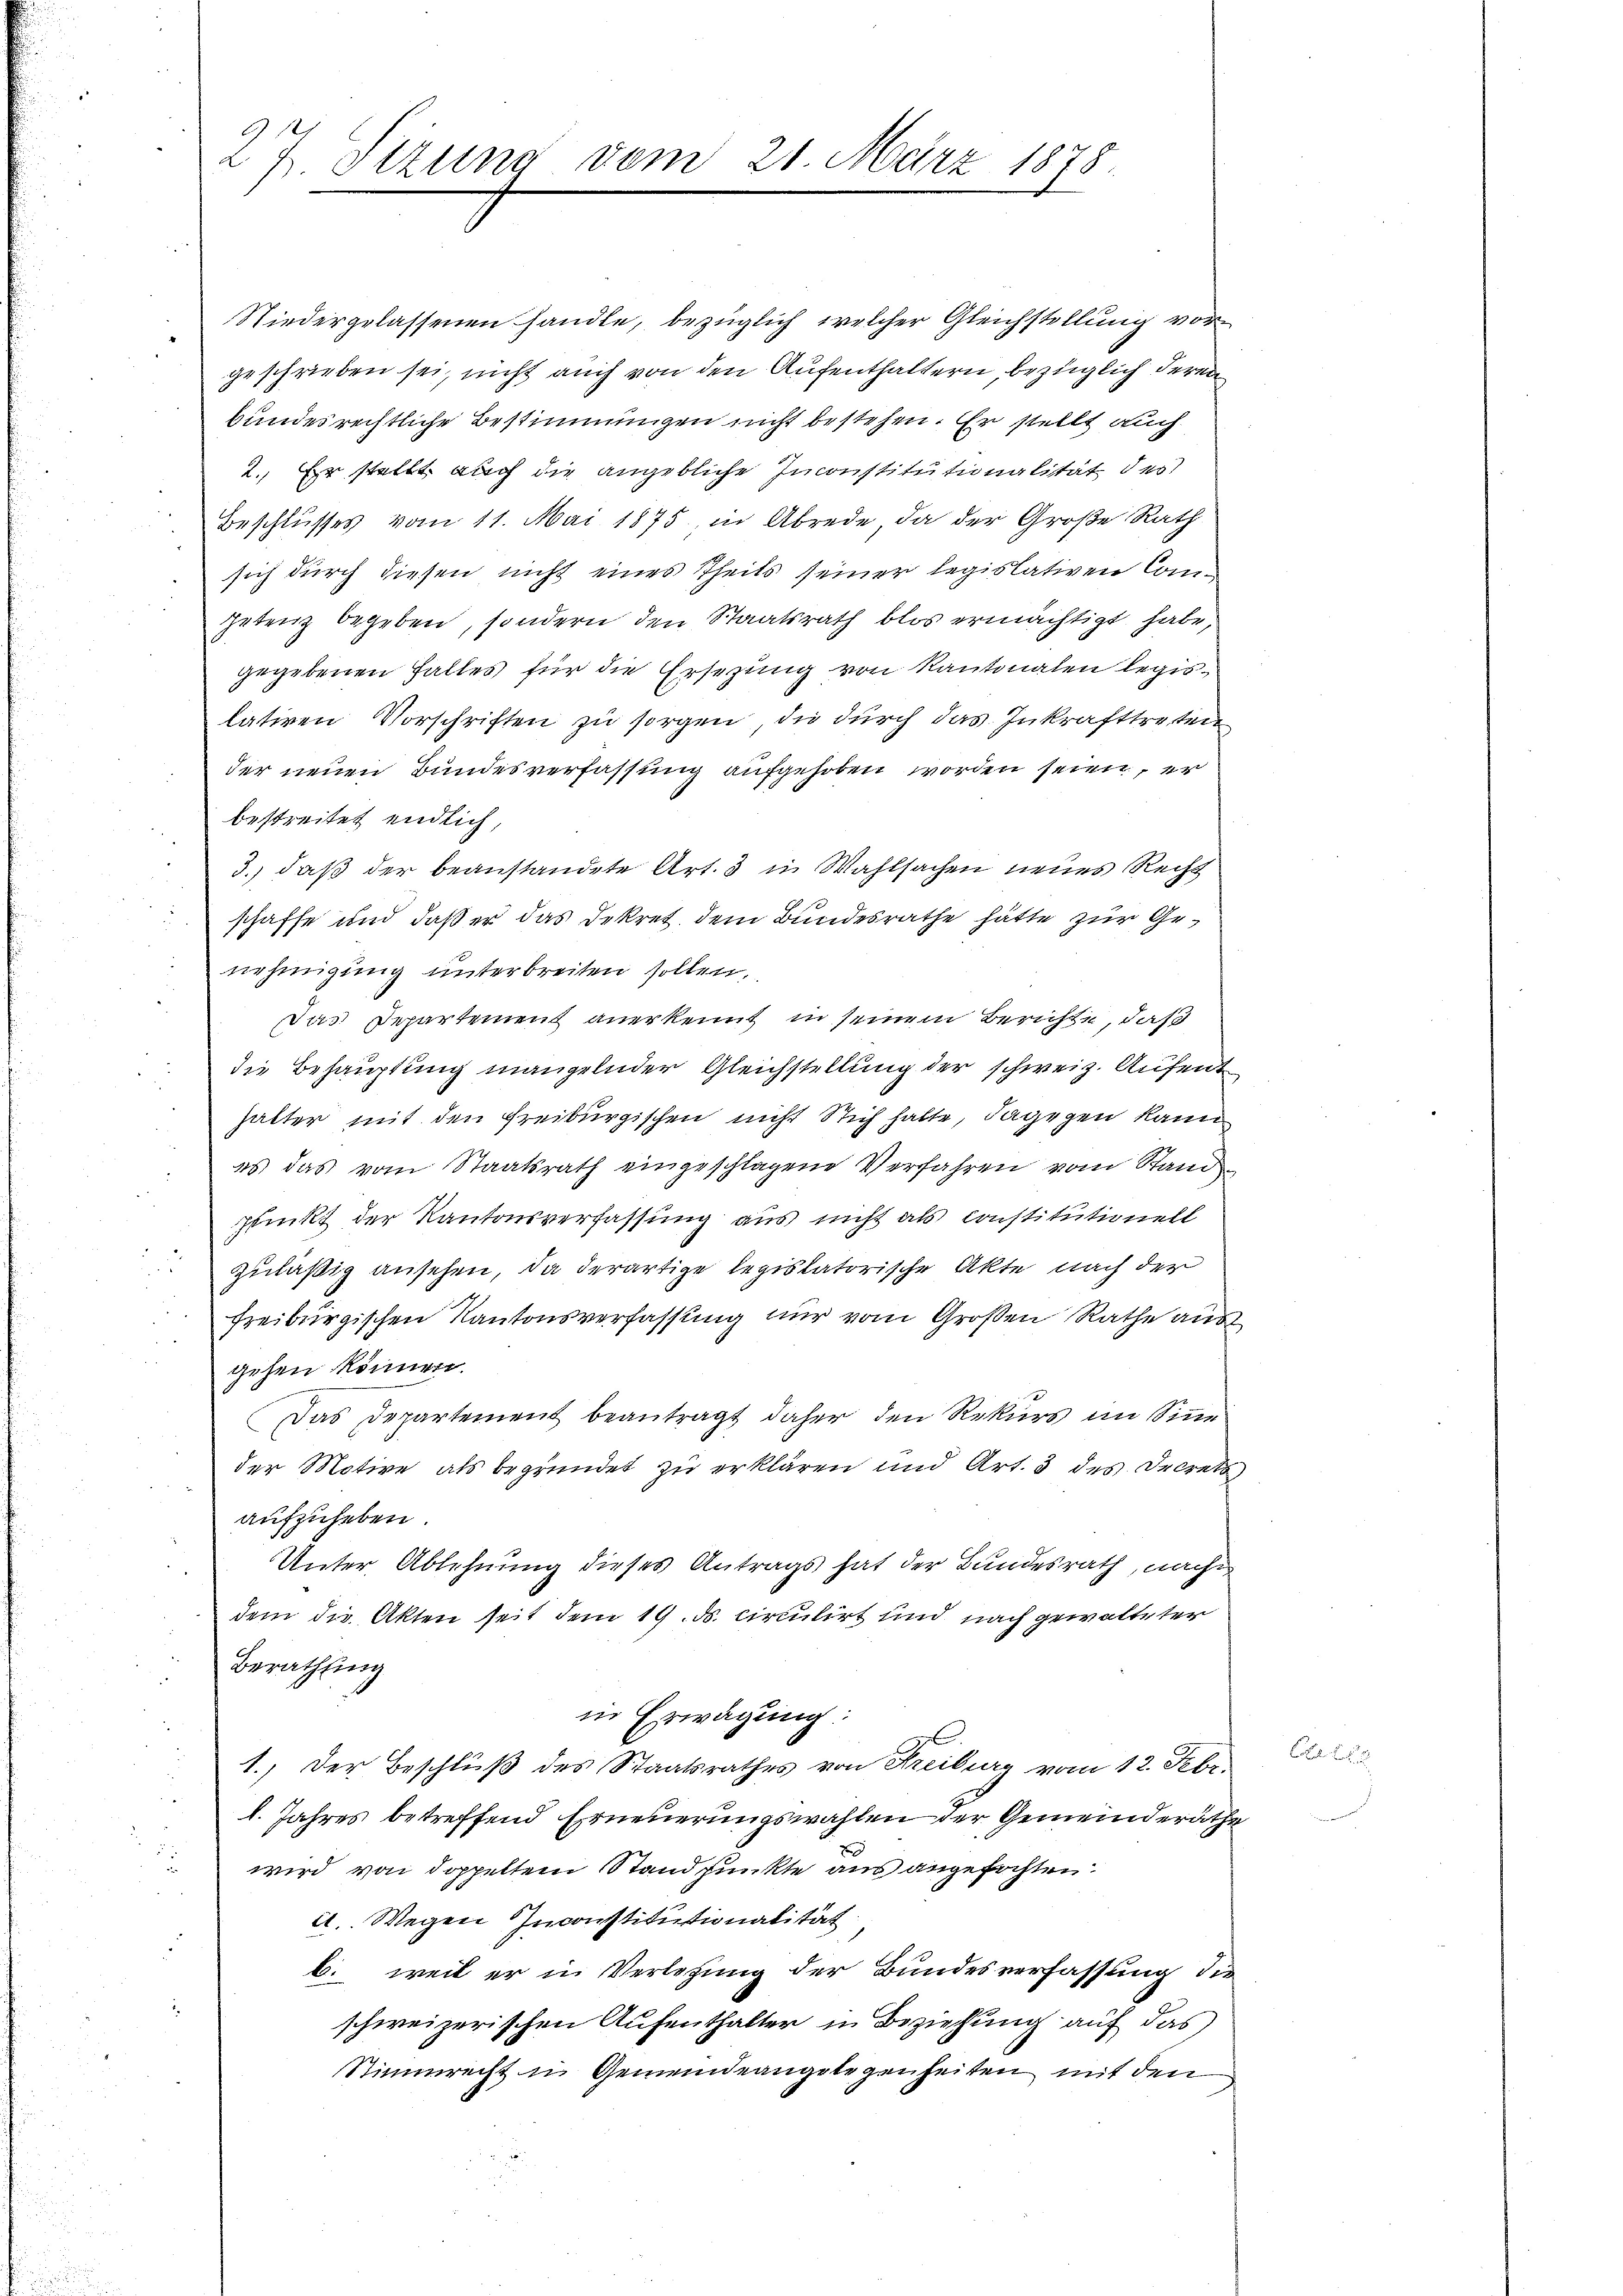
27. Sizung vom 21. März 1878.

Niedergelassenen handle, bezüglich welcher Gleichstellung vorgeschrieben sei, nicht auch von den Aufenthaltern, bezüglich deren
bundesrechtliche Bestimmungen nicht bestehen. Er stellt auch
2. Er stellt, auch die angebliche Inconstitutionalität des
Beschlusses vom 11. Mai 1875 in Abrede da der Große Rath
sich durch diesen nicht eines Theils seiner legislativen Competenz begeben, sondern den Staatsrath blos ermächtigt habe,
gegebenen Falles für die Ersezung von Kantonalen legis
lativen Vorschriften zu sorgen, die durch das Inkrafttreten
der neuen Bundesverfassung aufgehoben worden seien, er
bestreitet endlich,
de¬
3.) daß der beanstandete Art. 5 in Wahlsachen neues Recht
schaffe und daß er das Dekret dem Bundesrathe hätte zur Genehmigung unterbreiten sollen,
Das Departement anerkennt in seinem Berichte, daß
In Behauptung mangelnder Gleichstellung der schweiz. Aufent
halter mit den Freiburgischen nicht Stich halte, dagegen kann
es das vom Staatsrath eingeschlagene Verfahren vom Standn
r
punkt der Kantonsverfassung aus nicht als constitutionell
zuläßig ansehen, da derartige legislatorische Akte nach der
freiburgischen Kantonsverfassung nur vom Großen Rathe aus
gehen können.
Das Departement beantragt daher den Rekŭrs im Sinn
der Motive als begründet zu erklären und Art. 3 des Decrets
aufzuheben.
Unter Ablehnung dieses Antrags hat der Bundesrath, nach
dem die Akten seit dem 19. ds. circulirt und nach gewalteter
Berathung
in Erwägung:
1.) Der Beschluß des Staatsrathes von Freiburg vom 12. Febr.
l. Jahres betreffend Erneuerungswahlen der Gemeinderathe
wird von doppeltem Standpunkte aus angefochten.
it. Wegen Inconstitutionalität
b. weil er in Verlegung der Bundesverfassung die
schweizerischen Aufenthalter in Beziehung auf das
Stimmrecht in Gemeindeangelegenheiten mit den

Col.